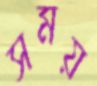
সময়